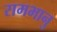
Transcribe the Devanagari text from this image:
रामभानु